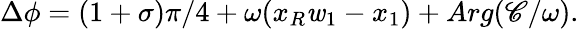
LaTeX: \Delta\phi=(1+\sigma)\pi/4+\omega(x_{R}\mathit{w}_{1}-x_{1})+Arg(\mathscr{C}/\omega).